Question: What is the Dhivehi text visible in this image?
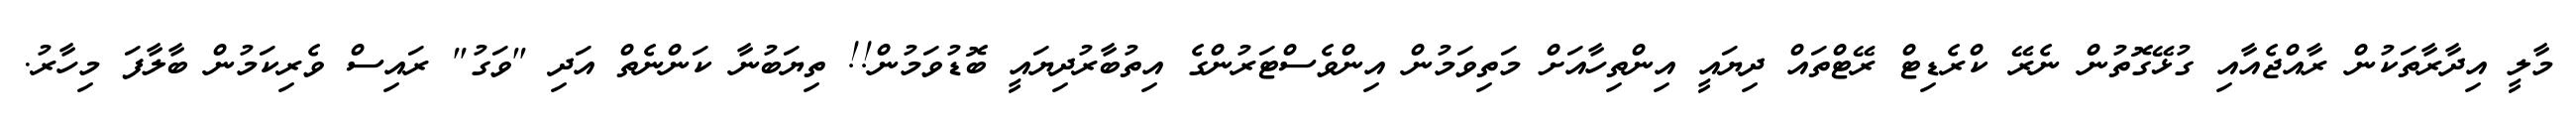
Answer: މާލީ އިދާރާތަކުން ރާއްޖެއާއި ގުޅޭގޮތުން ނެރޭ ކްރެޑިޓް ރޭޓްތައް ދިޔައީ އިންތިހާއަށް މަތިވަމުން އިންވެސްޓަރުންގެ އިތުބާރުދިޔައީ ބޮޑުވަމުން!! ތިޔަބުނާ ކަންނެތް އަދި "ވަގު" ރައިސް ވެރިކަމުން ބާލާފަ މިހާރު.